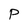
Character: P